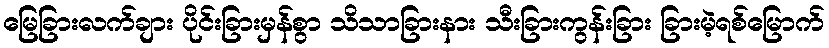
မြေခြားလက်ချား ပိုင်းခြားမှန်စွာ သိသာခြားနား သီးခြားကွန်းခြား ခြားမဲ့ရစ်မြောက်